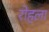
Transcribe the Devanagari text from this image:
रोहला